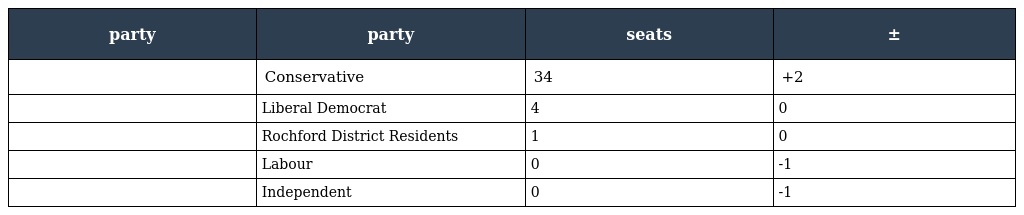
| party | party | seats | ± |
 | --- | --- | --- | --- |
 |  | Conservative | 34 | +2 |
 |  | Liberal Democrat | 4 | 0 |
 |  | Rochford District Residents | 1 | 0 |
 |  | Labour | 0 | -1 |
 |  | Independent | 0 | -1 |